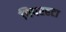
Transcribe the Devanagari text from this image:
पिपरहटा